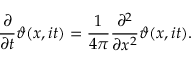
{ \frac { \partial } { \partial t } } \vartheta ( x , i t ) = { \frac { 1 } { 4 \pi } } { \frac { \partial ^ { 2 } } { \partial x ^ { 2 } } } \vartheta ( x , i t ) .